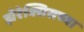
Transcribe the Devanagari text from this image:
झेरेक्सिसच्या